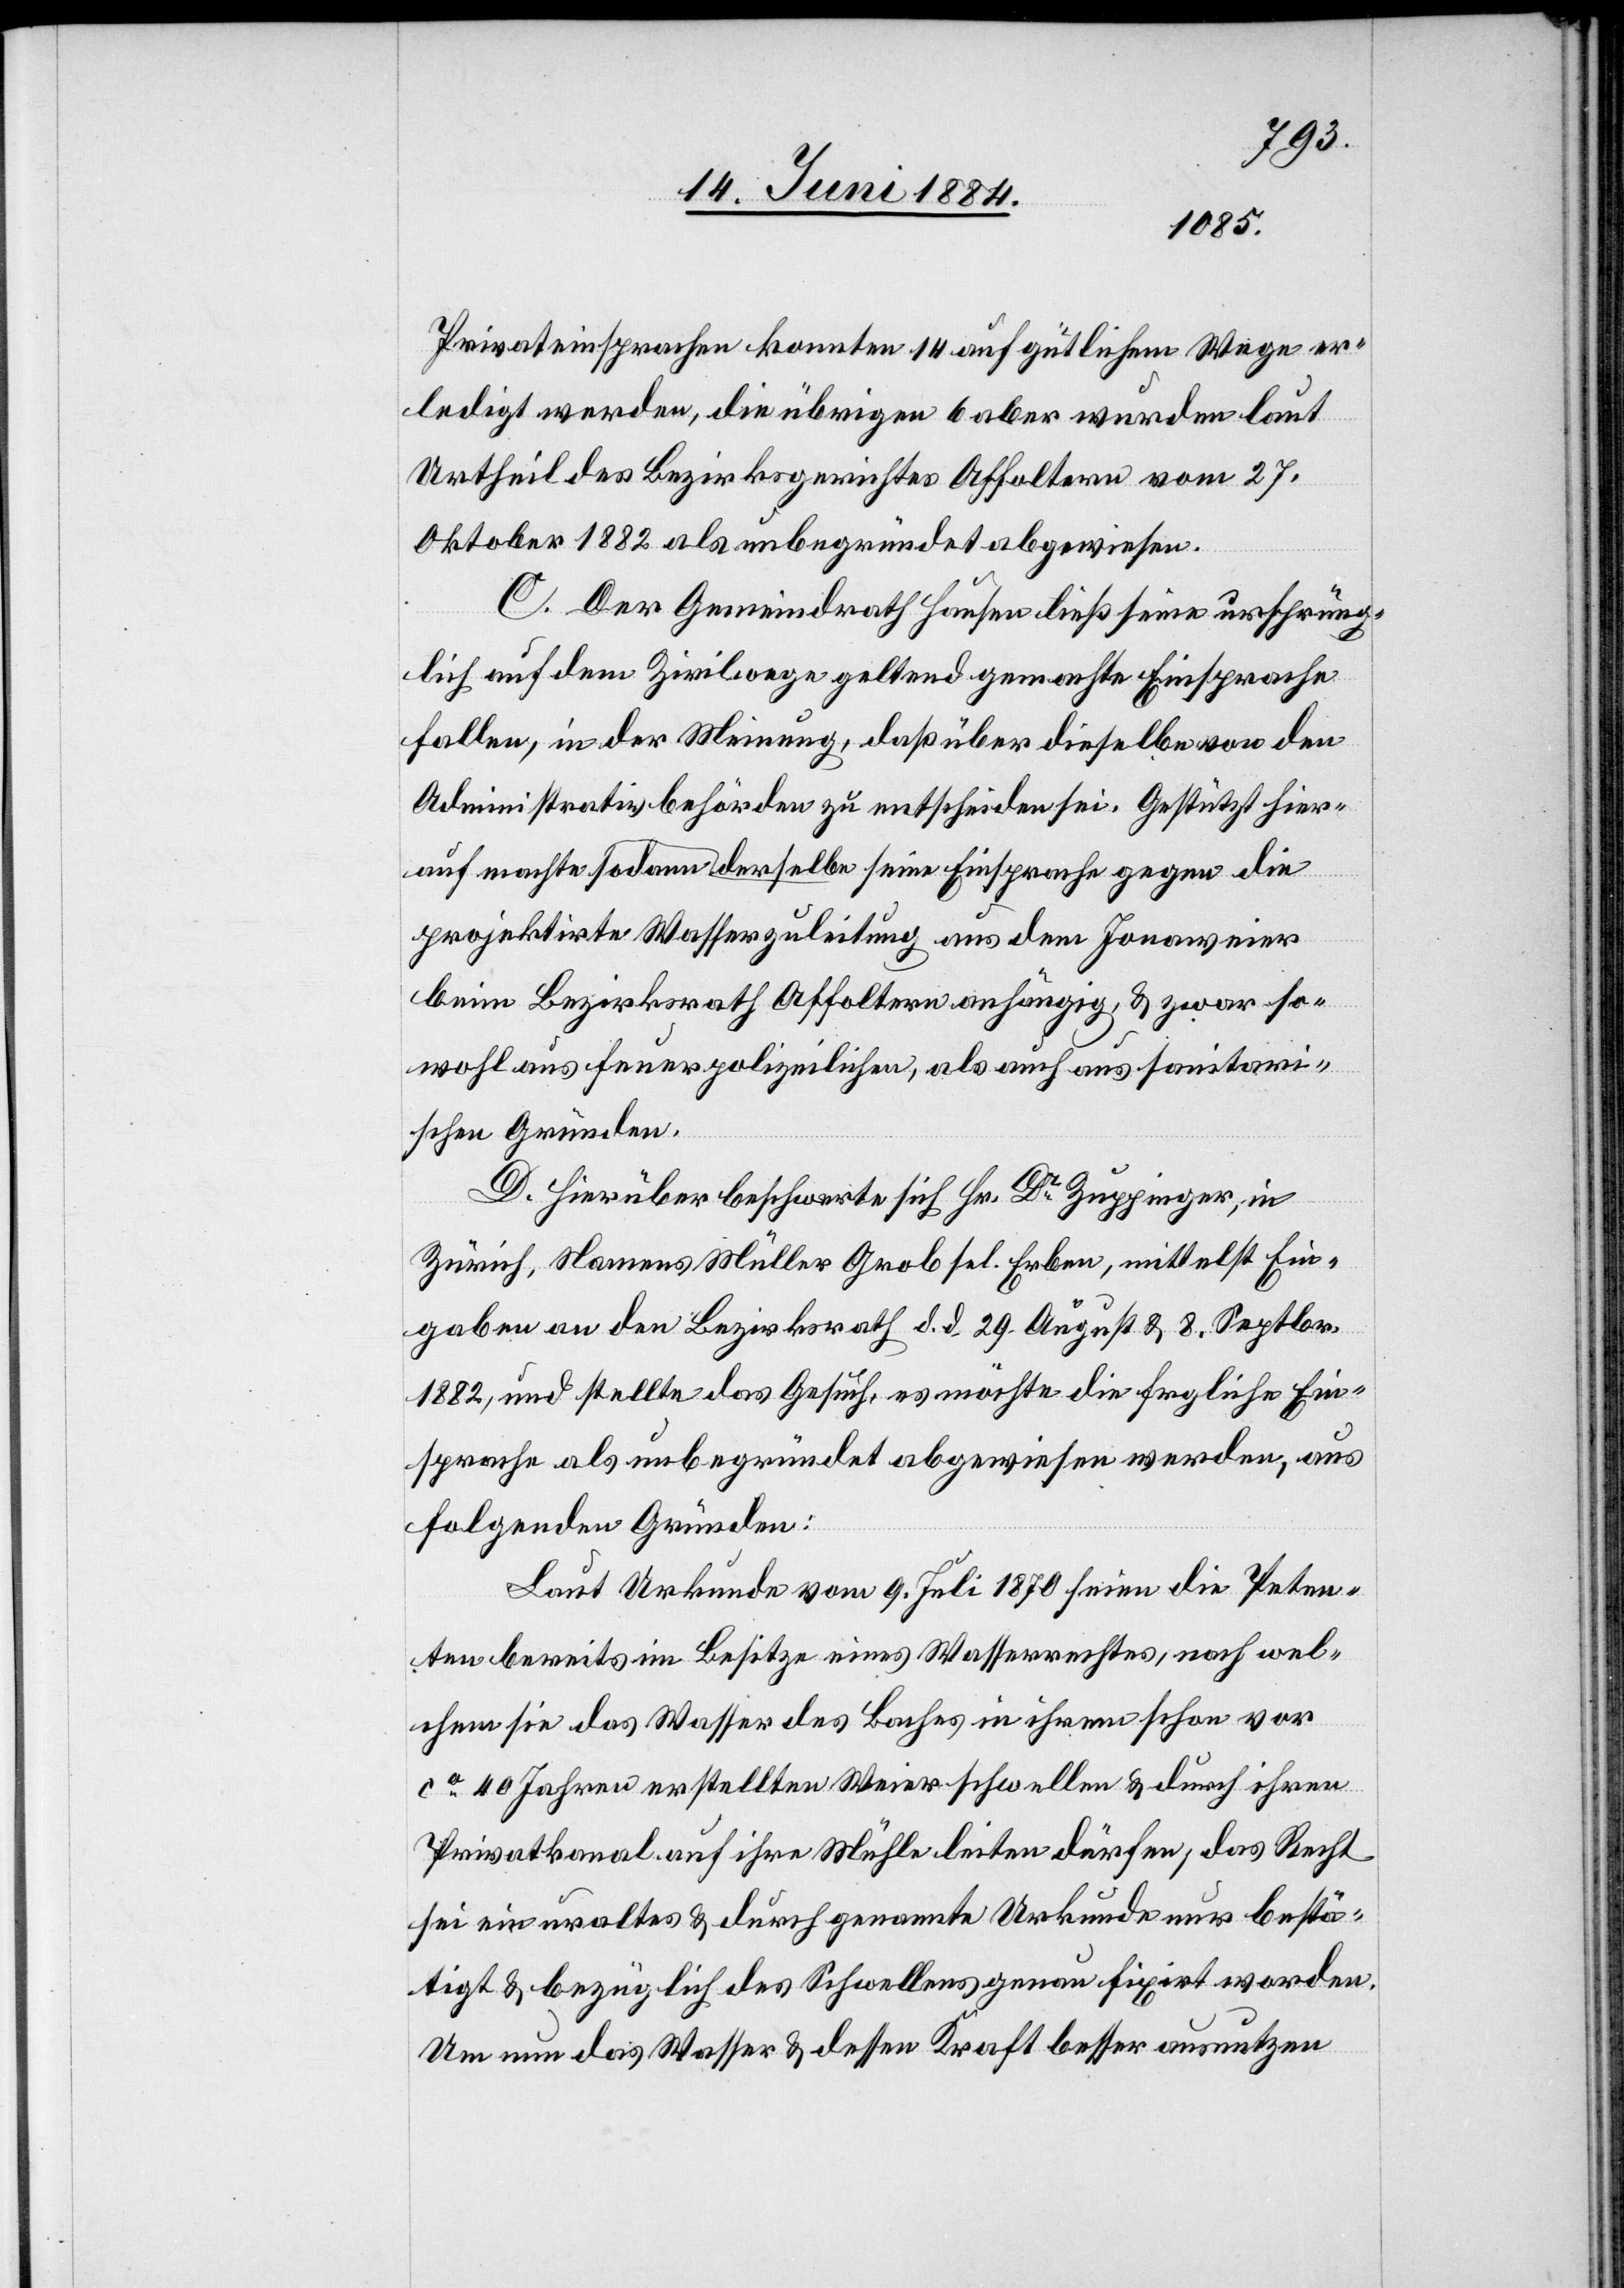
Privateinsprachen konnten 14 auf gütlichem Wege er¬
ledigt werden, die übrigen 6 aber wurden laut
Urtheil des Bezirksgerichtes Affoltern vom 27.
Oktober 1882 als unbegründet abgewiesen.
C. Der Gemeindrath Hausen ließ seine ursprüng¬
lich auf dem Zivilwege geltend gemachte Einsprache
fallen, in der Meinung, daß über dieselbe von den
Administrativbehörden zu entschieden sei. Gestützt hier¬
auf machte sodann derselbe seine Einsprache gegen die
projektirte Wassserzuleitung aus dem Jonaweier
beim Bezirksrath Affoltern anhängig, & zwar so¬
wohl aus feuerpolizeilichen, als auch aus sanitari¬
schen Gründen.
D. Hierüber beschwerte sich Hr. Dr Zuppinger, in
Zürich, Namens Müller Grob sel. Erben, mittelst Ein¬
gaben an den Bezirksrath d. d. 29. August & 8. Septbr.
1882, und stellte das Gesuch, es möchte die fragliche Ein¬
sprache als unbegründet abgewiesen werden, aus
folgenden Gründen:
Laut Urkunde vom 9. Juli 1870 seien die Peten¬
ten bereits im Besitze eines Wasserrechtes, nach wel¬
chem sie das Wasser des Baches in ihrem schon vor
ca 40 Jahren erstellten Weier schwellen & durch ihren
Privatkanal auf ihre Mühle leiten dürfen, das Recht
sei ein uraltes & durch genannte Urkunde nur bestä¬
tigt & bezüglich des Schwellens genau fixirt worden.
Um nun das Wasser & dessen Kraft besser ausnutzen